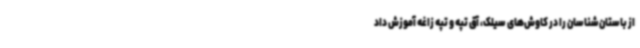
از باستان‌شناسان را در کاوش‌های سیلک، آق تپه و تپه زاغه آموزش داد